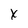
Character: X